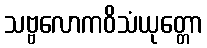
သဗ္ဗလောကဝိသံယုတ္တော